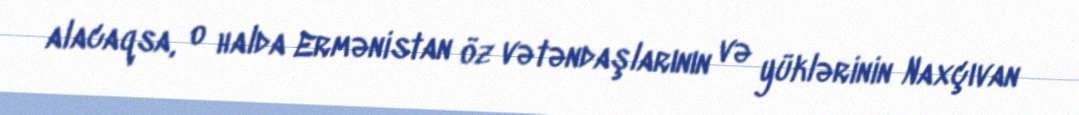
alacaqsa, o halda Ermənistan öz vətəndaşlarının və yüklərinin Naxçıvan